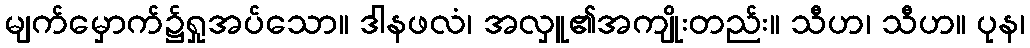
မျက်မှောက်၌ရှုအပ်သော။ ဒါနဖလံ၊ အလှူ၏အကျိုးတည်း။ သီဟ၊ သီဟ။ ပုန၊